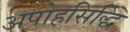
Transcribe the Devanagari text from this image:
अपोहसिद्धि